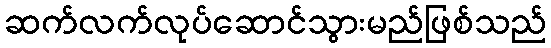
ဆက်လက်လုပ်ဆောင်သွားမည်ဖြစ်သည်